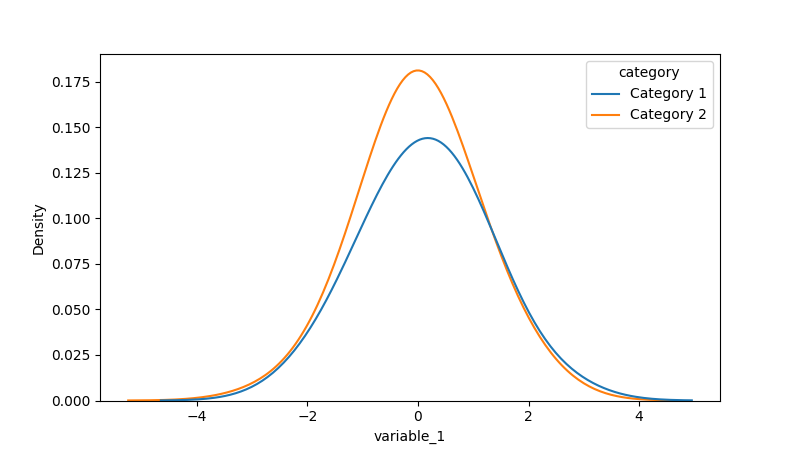
python, seaborn, kdeplot, hue='category', fill=False, bw_adjust=2.0